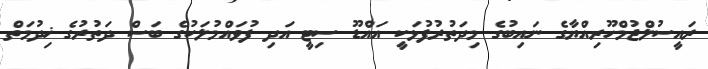
ރައީސުލްޖުމްހޫރިއްޔާގެ ނައިބުގެ މިދަތުރުފުޅަކީ އައްޑޫ ސިޓީ އަދި ފުވައްމުލަކުގެ ބަސް ދަތުރުގެ ޚިދުމަތް